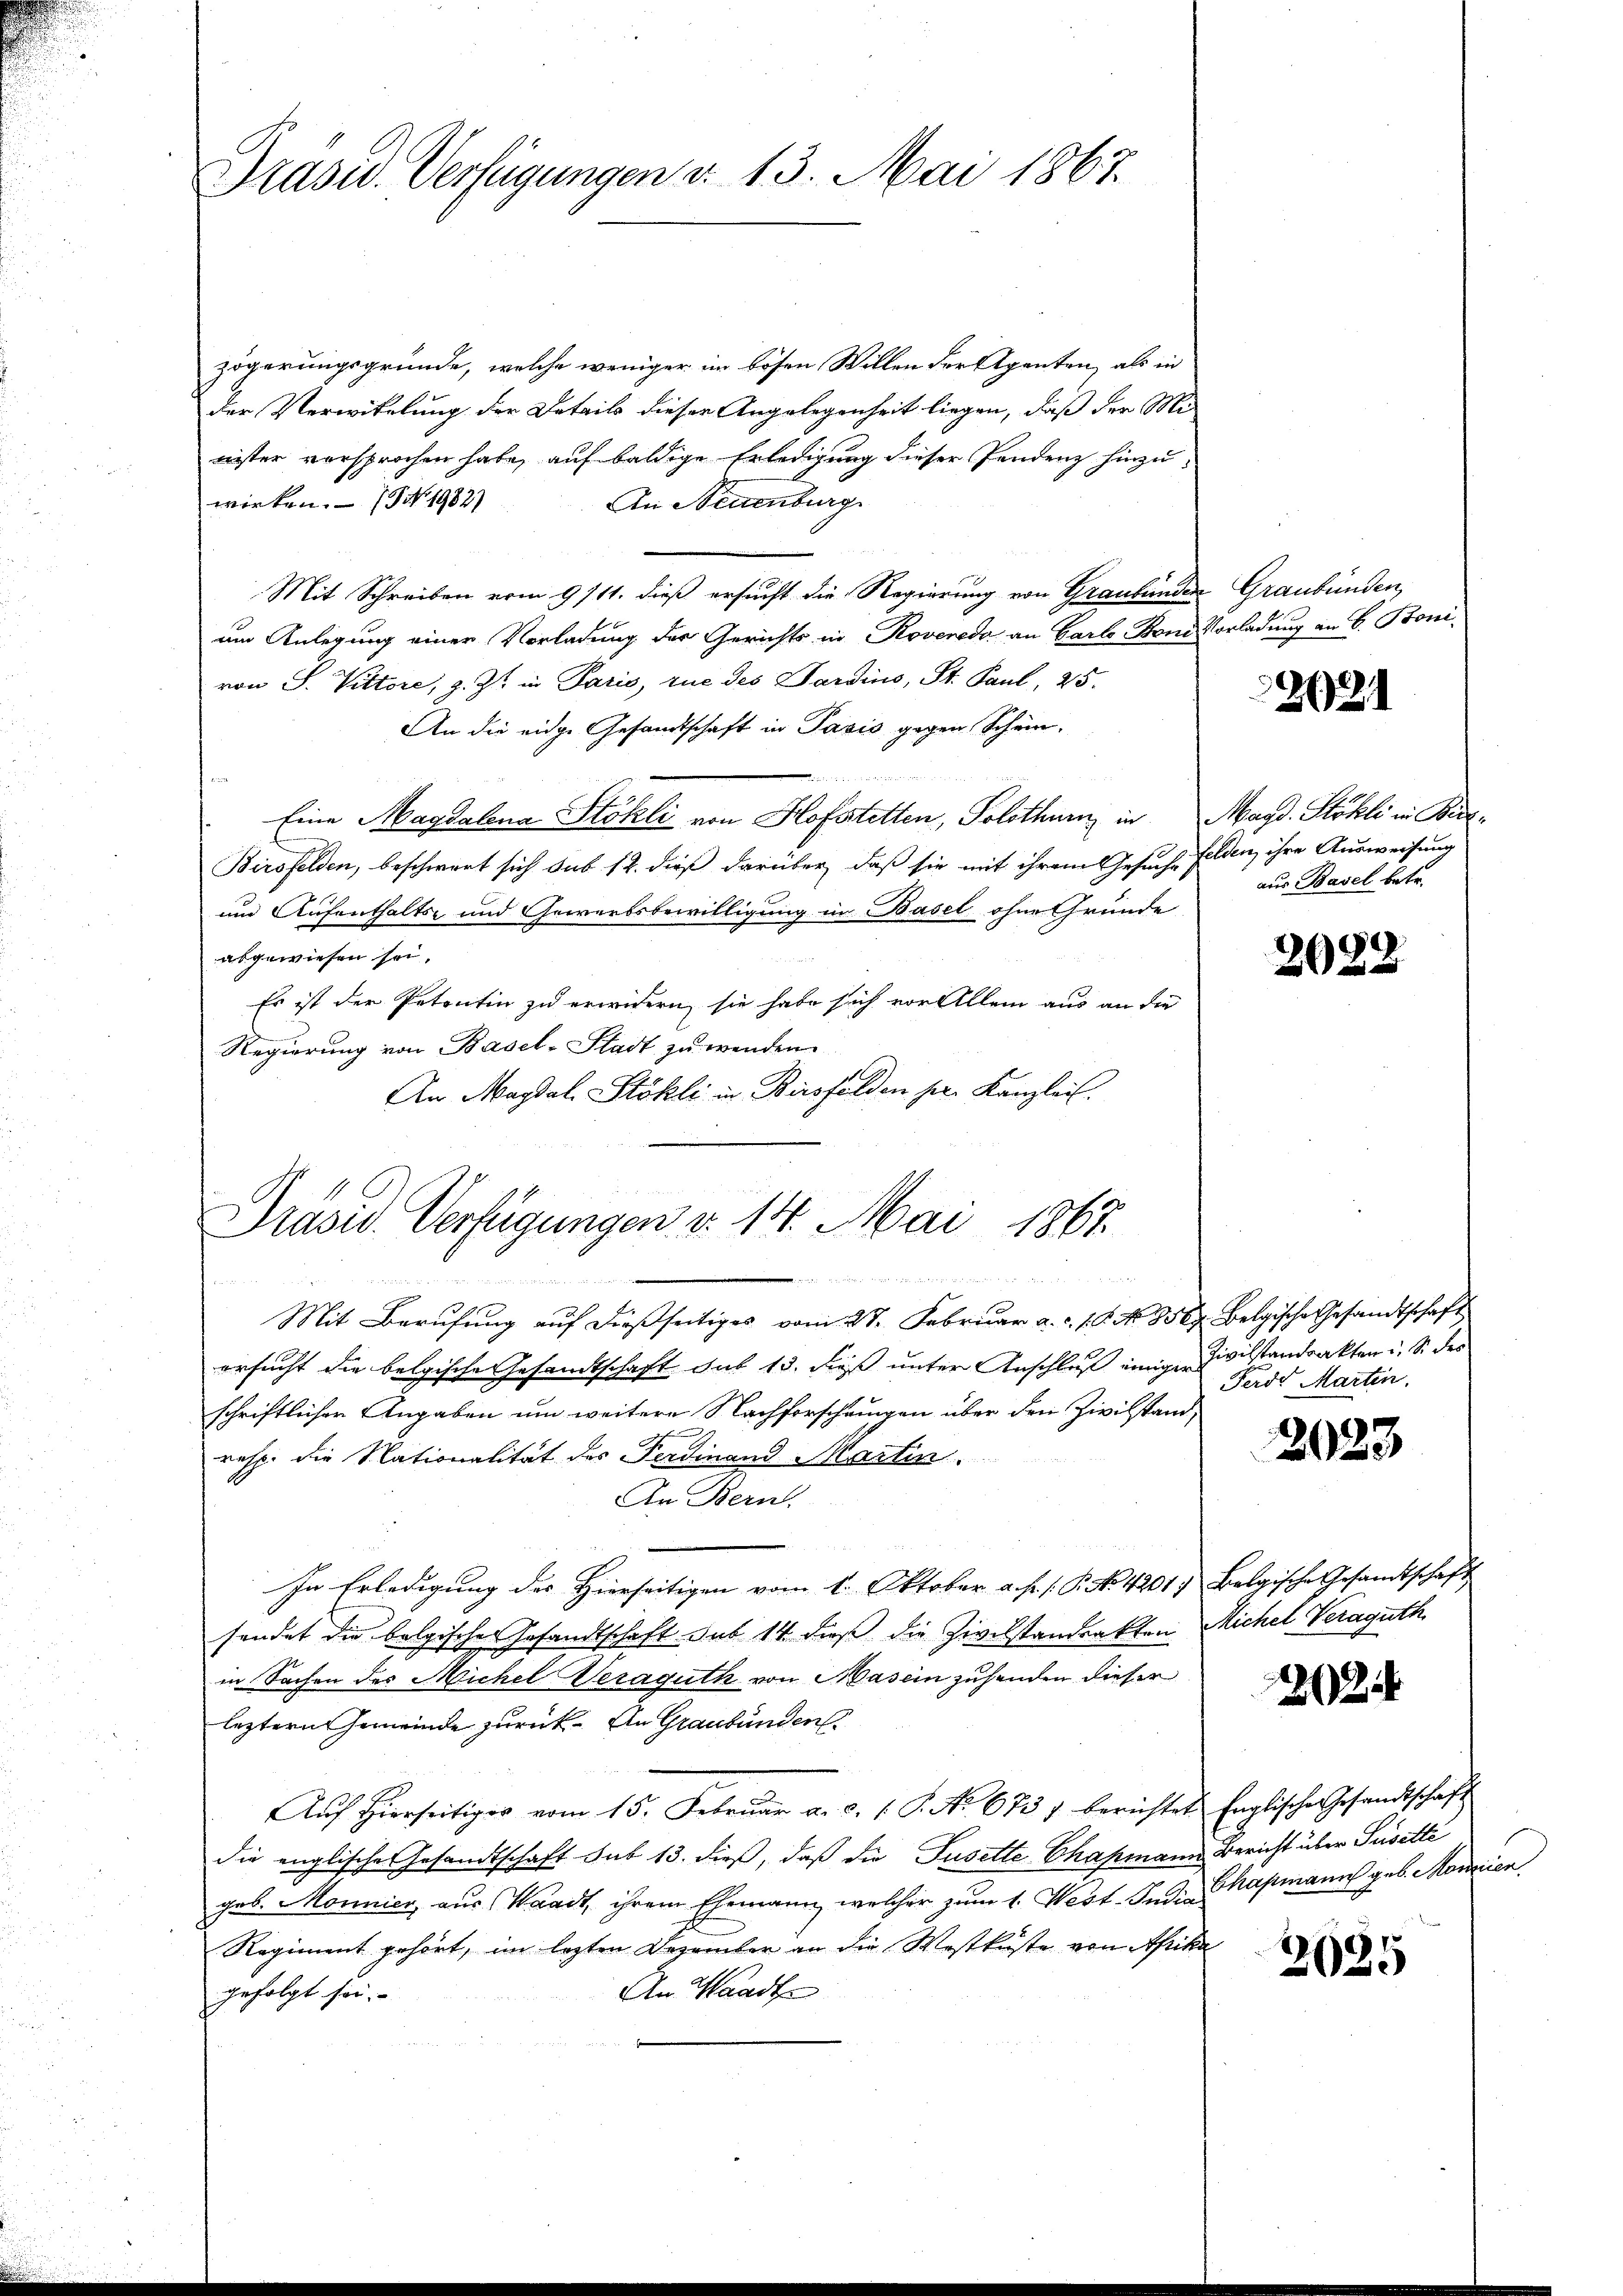
Präsid. Verfügungen v. 13. Mai 1867.

zögerungsgründe, welche weniger im bösen Willen der Agenten, als in
der Verwikelung der Details dieser Angelegenheit liegen, daß der Mi
nister vorsprochen habe, auf baldige Erledigung dieser Pendenz hinzuwirken. (S. 1982)
An Neuenburg
Mit Schreiben vom 9/11. dieß ersucht die Regierung von Graubünden Graubünden,
um Anlegung einer Vorladung der Gerichts in Roveredo an Garte Fond Vorladung an H. Bonivon S. Vittore, z. Zt. in Paris, zue des Sardins, St. Paul, 25.
An die eidge Gesandtschaft in Pasis gegen Schein¬
Eine Magdalena Stökli von Hofsstetten, Solothurn in Magd. Stökli in Birk¬
Birsfelden, beschwert sich sub 12. dieß darüber, daß sie mit ihrem Gesuche Felden, ihre Ausweisung
und Aufenthalts- und Gewerbsbewilligung in Basel ohne Gründe
abgewiesen sei,

Es ist der Petentin zu erwidern, sie habe sich vor Allem aus an die
Regierung von Basel-Stadt zu wenden.
An Magdal. Stökli in Birsfelden herr Kanzleit.

Präsid. Verfügungen v. 14. Mai 1867.

221

aus Basel betr.

oder
Mit Berufung auf dießseitiges vom 27. Februar a. c. 10. No 8569. Belgische Gesandtschaft
ersucht die belgische Gesandtschaft sub 15. dieß unter Anschluß einiger Zivilstandsakten u. S. des
schriftlicher Angaben um weitere Nachforschungen über den Zivilstand,
resp. die Nationalität des Ferdinand Martin.
An Bern.
In Erledigung des Hierseitigen vom 1. Oktober a. f. 1. P. No 4901) Belgische Gesandtschaft
sendet die bolgischen Gesandtschaft sub 14 dieß die Zivilstandsakten Michel Veraguth
in Sachen des Michel Veraguth von Masein zuhanden dieser
leztern Gemeinde zurück. An Graubünden
Aŭf Hierseitiger vom 15. Februar a. c. 1. P. Nr. 6737 berichtet. Englische Gesandtschaft
die englische Gesandtschaft sub 13. dieß, daß die Fuselte Chapmann Bericht über Pusette
geb. Monnier, aus Waadt, ihrem Ehemann, welcher zum 1. West. Indie Chapmann geb. Mannien
Regiment gehört, im lezten Dezember an die Westküste von Afika
An Waadt
gefolgt sei.

¬
20 x

Ferde Martin.

2023

262.

2035